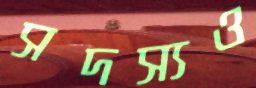
সদস্যও